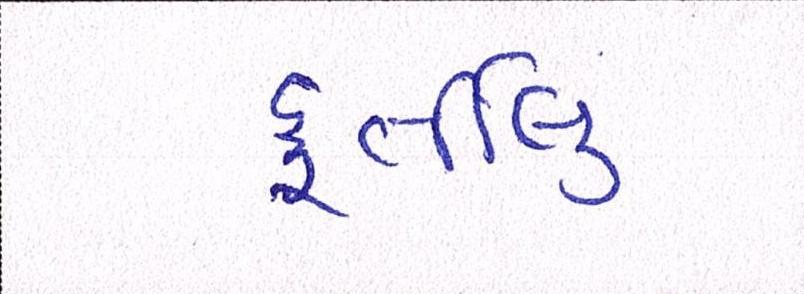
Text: ફુર્તીલુ